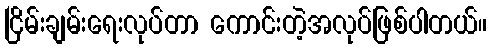
ငြိမ်းချမ်းရေးလုပ်တာ ကောင်းတဲ့အလုပ်ဖြစ်ပါတယ်။